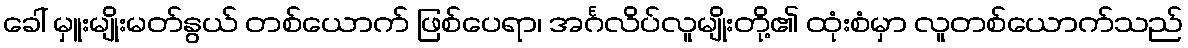
ခေါ် မှူးမျိုးမတ်နွယ် တစ်ယောက် ဖြစ်ပေရာ၊ အင်္ဂလိပ်လူမျိုးတို့၏ ထုံးစံမှာ လူတစ်ယောက်သည်